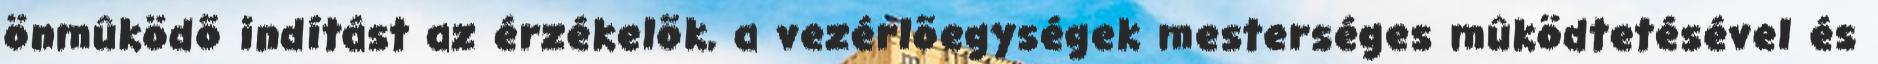
önmûködõ indítást az érzékelõk, a vezérlõegységek mesterséges mûködtetésével és